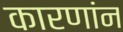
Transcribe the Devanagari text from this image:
कारणांन